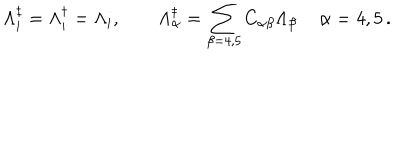
LaTeX: \Lambda _ { i } ^ { \ddagger } = \Lambda _ { i } ^ { \dagger } = \Lambda _ { i } , \quad \quad \Lambda _ { \alpha } ^ { \ddagger } = \sum _ { \beta = 4 , 5 } C _ { \alpha \beta } \Lambda _ { \beta } \, \quad \alpha = 4 , 5 \, .